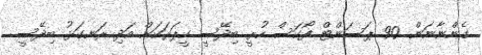
ގެންނާނަން. 90 ޕަސަންޓް ފޯކަސް ހުރީ ބިދޭސީ ކީޕަރަކަށް އަދި ރަނގަޅު ބިދޭސީ